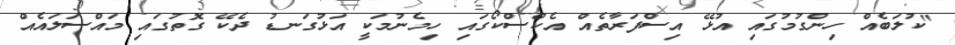
"ކުލަބެއް ހިންގުމުގައި އުޅޭ އިސްފަރާތެއް އެކްސްކޯގައި ހިމެނުމަކީ އަޅުގަނޑު ދެކޭ ގޮތުގައި މައްސަލައެއް